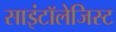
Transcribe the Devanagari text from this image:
साइंटॉलेजिस्ट